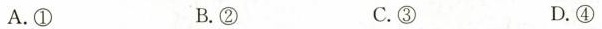
A. ① B. ② C. ③ D. ④